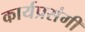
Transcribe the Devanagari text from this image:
कार्यप्रसंगी